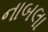
નાબલા